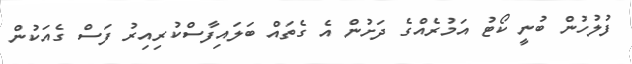
ފުލުހުން ބުނީ ކޯޓު އަމުރެއްގެ ދަށުން އެ ގެތައް ބަލައިފާސްކުރިއިރު ފަސް ގެއަކުން